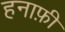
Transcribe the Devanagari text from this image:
हनाफ़ी